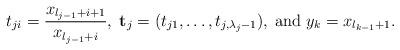
LaTeX: \begin{align*}t_{ji}=\frac{x_{l_{j-1}+i+1}}{x_{l_{j-1}+i}},\; \mathbf t_j=(t_{j1},\dots , t_{j,\lambda _j-1}), \; \mbox{and} \;y_k = x_{l_{k-1}+1}.\end{align*}